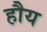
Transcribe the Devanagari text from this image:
हौय